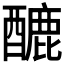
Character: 𨢷